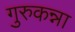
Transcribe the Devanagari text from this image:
गुरुकन्ना